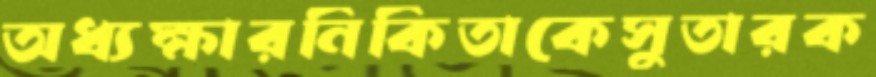
অধ্যক্ষারনিকিতাকেসুতারক